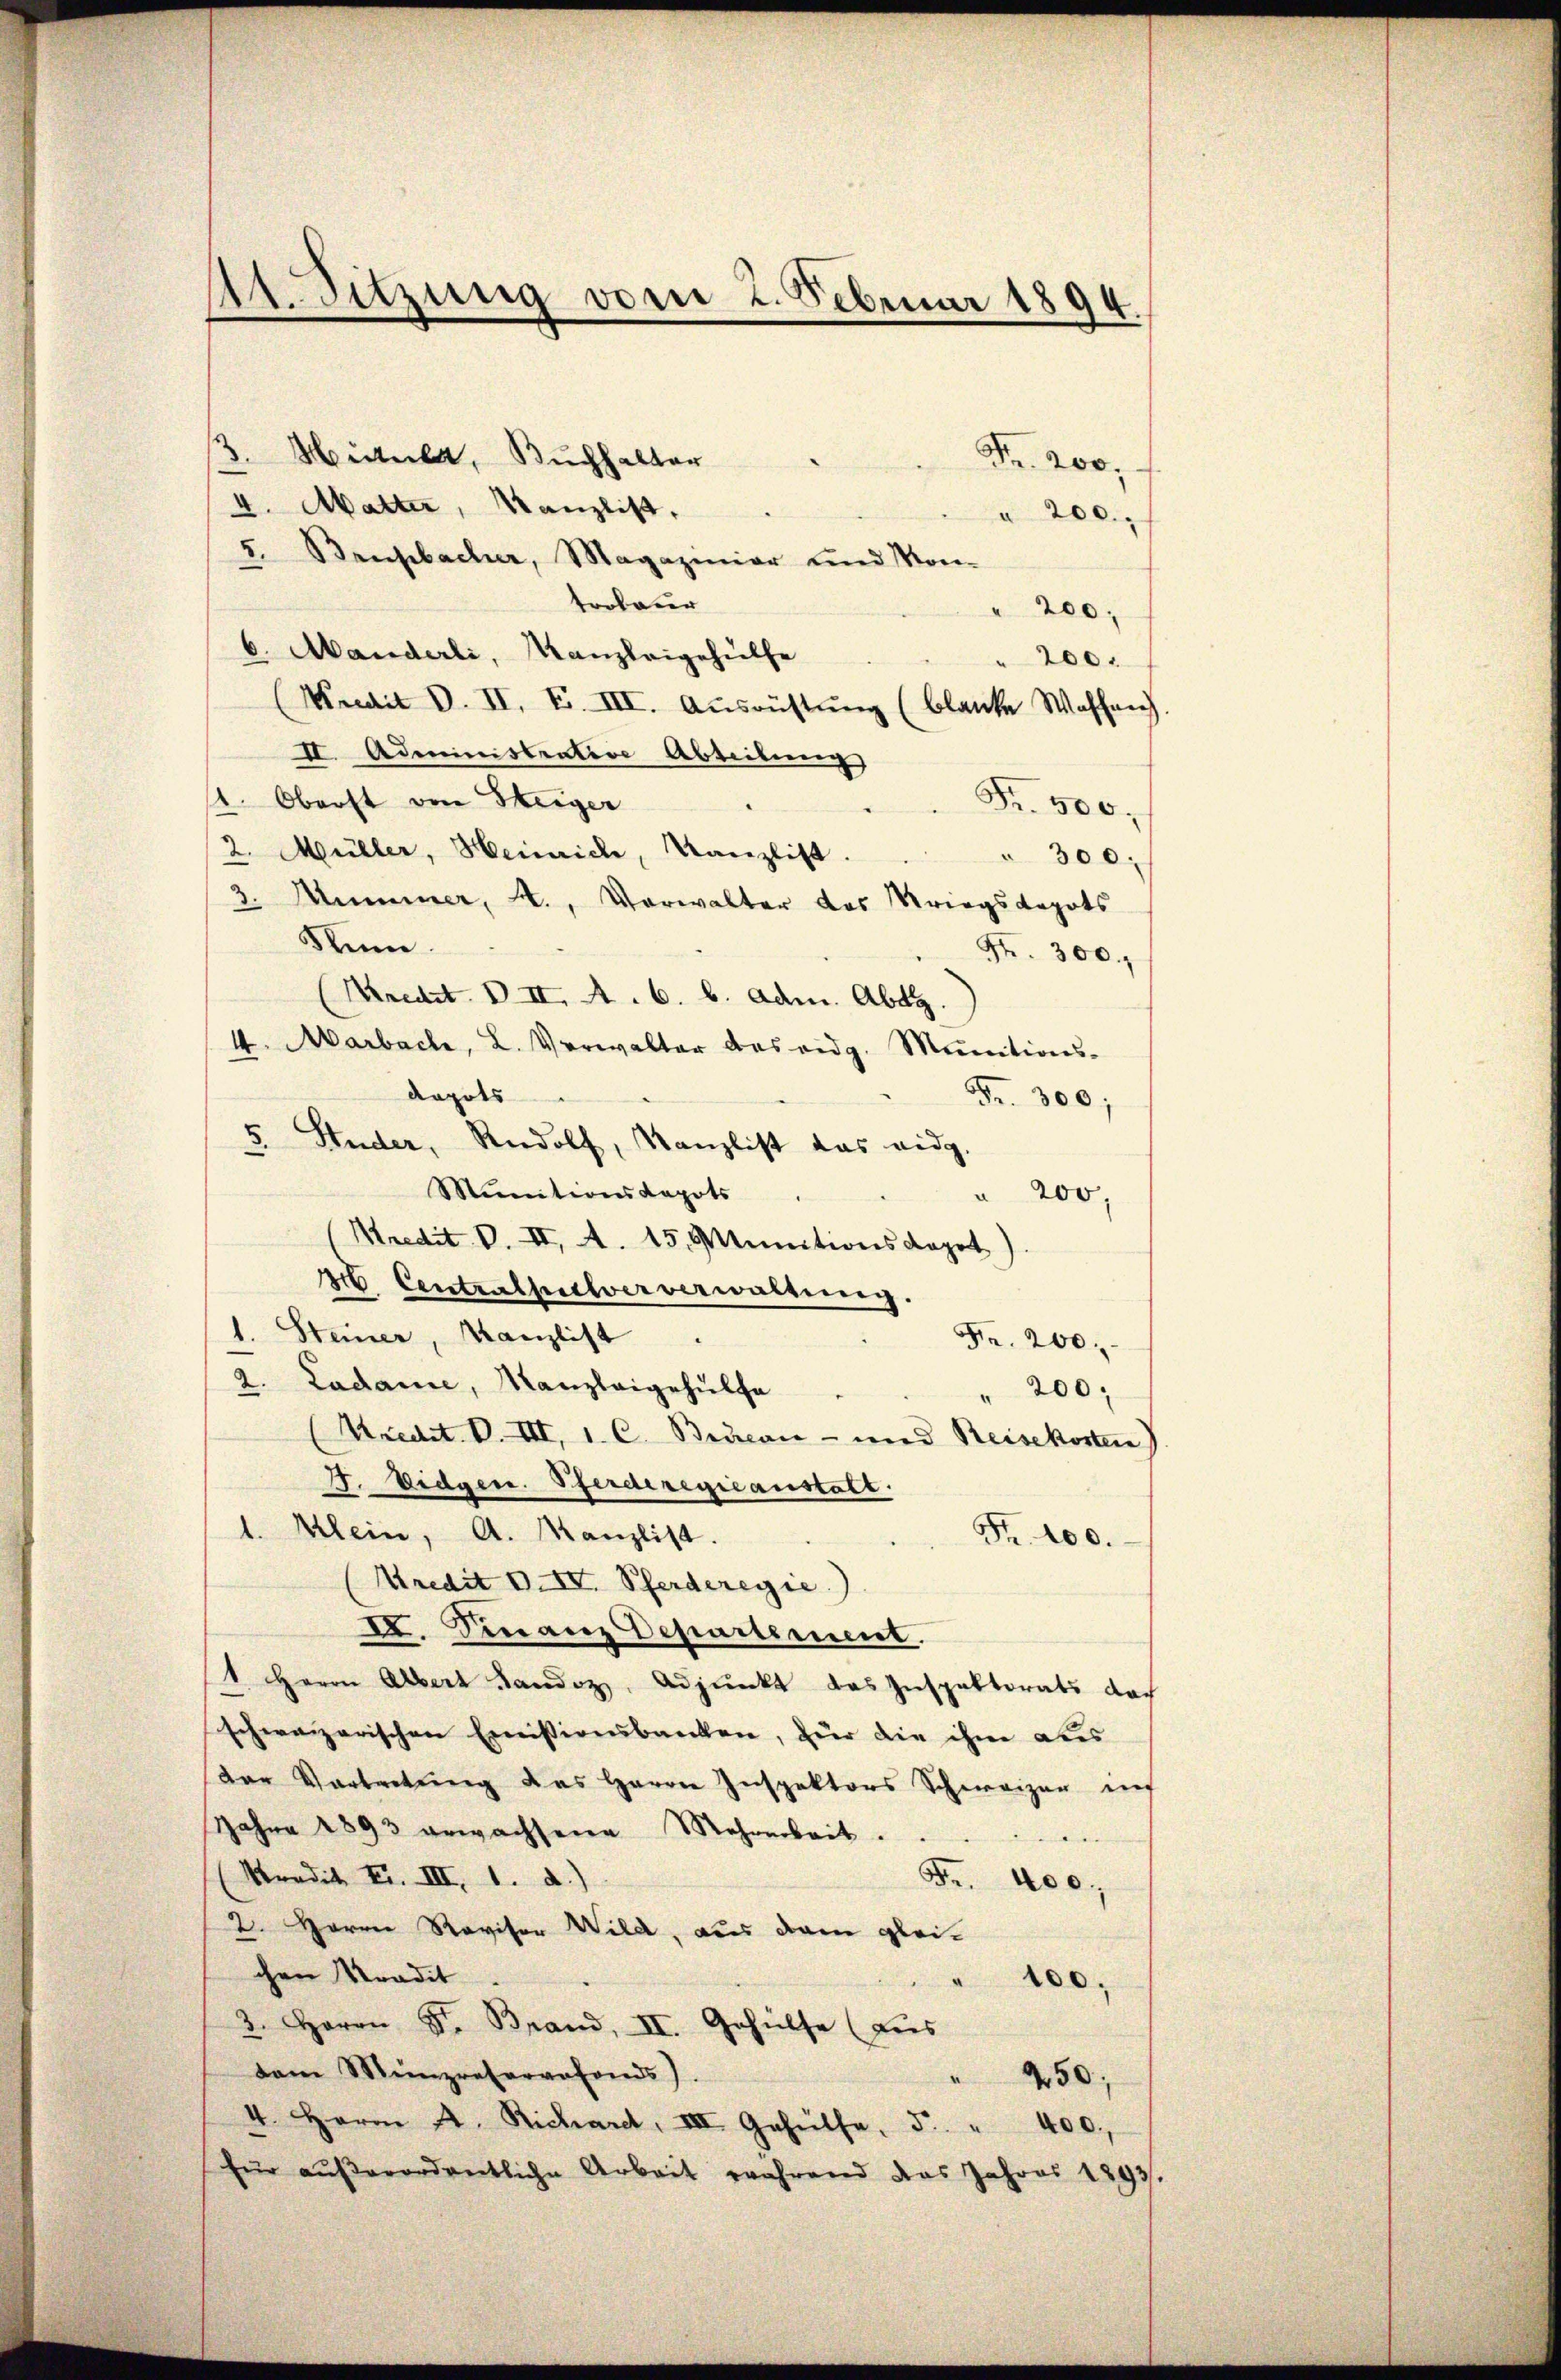
At. Sitzung vom 2. Februar 1894.

3. Mitula, Buchhalter
Fr. 200,
4. Matter, Kanzlist,
a 200.
I. Senpbacher, Magazinier und Kon-
trrbaur
" 200,
6. Manderli, Kanzleigehülfe
200.
(Mrait d. II. F. III. Ausrüstŭng (blancke Waffen
II. Administrative Abteilung
. Oberst von Heiger
Fr. 500.
2. Müller, Heinrich, Kanzlist.
" 300.
3. Nummer, A., Vorwalter das Kriegsdopats
Num
Fr. 300.
Kredit. D II. A. b. b. Adm. Abeg
4. Marbach, L. Verwalter das eidg. Munitions-
dapots
Fr. 300;
5.
Studer, Rudolf, Kanzlist das eidg.
Mŭnitionskapots
 200,
Mredit V. II. A. 15. Minitionskapet)
H Centrathelververwaltung.
1. Steiner, Kanzlist
Fr. 200
2. Ladame, Kanzleigehülfe
" 200
Kredit. P. VII, 1. C. Brieau- und Reisekosten)
I. Eidgen. Pferderegieanstatt.
1. Klein, A. Kanzlist.
Fr. 100.
Kredit v. IV. Pferderegie
II. Finanz Departement.
1 Herrn Albert Landoz, Adjunkt das Inspektorats doch
schweizerischen Emissionsbanken, für die ihm aus
der Vortretung das Herrn Inspektors Schweizer ins
Jahre 1893 erwachsene Mehrheit.
e
Mradit Fr. III, 1. d.)
Fr. 400.
2. Herrn Revisor Wild, aus dem gleichen Kradit
100.
3. Herrn Dr. Brand, II. Gehülfe (aus
dam Meinpreservefonds).
450;
4. Herrn A. Richaret, III Gehülfe, 5 " 400.
für aŭβerordentliche Arbeit während das Jahres 1293.